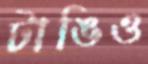
টাঙিও